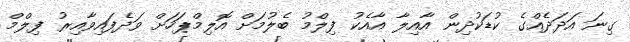
ގިނަ އަދަދެއްގެ ކުޑަކުދިން އާއިލާ އާއެކު ފިލްމު ބެލުމަށް އޮލިމްޕަހަށް ވަދެފައިވާއިރު ފިލްމް